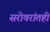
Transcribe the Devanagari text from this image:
सरोवरांतही